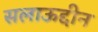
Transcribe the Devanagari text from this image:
सलाऊद्दीन